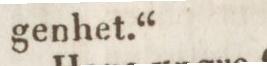
genhet.“